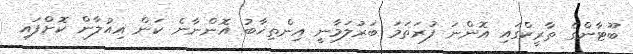
ބޫޓާންގެ ތާރީކްގައި އޮންނަ ފުރަތަމަ ބަރުލަމާނީ އިންތިޚާބު އޮންނާނެ ކަން އިއުލާން ކޮށްފައި